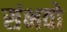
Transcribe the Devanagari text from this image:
संभवो